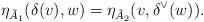
LaTeX: \begin{align*}\eta_{\tilde{A}_1}(\delta(v),w)=\eta_{\tilde{A}_2}(v,\delta^\vee(w)).\end{align*}